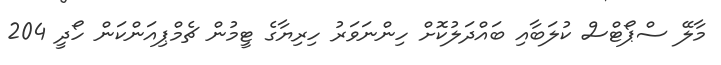
މާލޭ ސްޕޯޓްސް ކުލަބާއި ބައްދަލުކޮށް ހިންނަވަރު ހިރިޔާގެ ޓީމުން ޗެމްޕިއަންކަން ހޯދީ 204